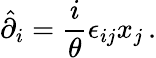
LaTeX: \hat{\partial}_{i}=\displaystyle{\frac{i}{\theta}}\epsilon_{ij}x_{j}\, .